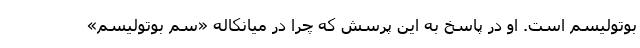
بوتولیسم است. او در پاسخ به این پرسش که چرا در میانکاله «سم بوتولیسم»